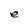
Character: e